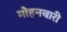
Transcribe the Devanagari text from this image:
मोहनबारी